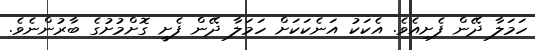
ހަމަލާ ދޭން ފެށިއެވެ. އެކަކު އަނެކަކަށް ހަމަލާ ދޭން ފެށީ ގޮށްމުށުގެ ބާރުންނެވެ.